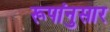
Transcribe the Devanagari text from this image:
रूपांनुसार